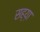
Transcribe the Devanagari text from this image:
सह्य़ा